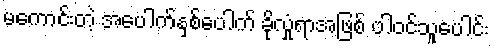
မကောင်းတဲ့ အပေါက်နှစ်ပေါက် ခိုလှုံရာအဖြစ် ပါဝင်သူပေါင်း